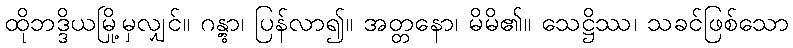
ထိုဘဒ္ဒိယမြို့မှလျှင်။ ဂန္တွာ၊ ပြန်လာ၍။ အတ္တနော၊ မိမိ၏။ သေဋ္ဌိဿ၊ သခင်ဖြစ်သော